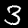
Label: 3